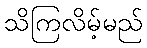
သိကြလိမ့်မည်